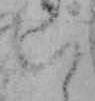
い